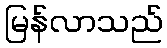
မြန်လာသည်